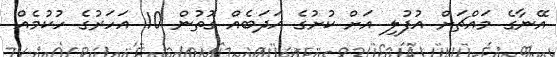
އޭނާގެ މައްޗަށް އުފުލި އަށް ކުށުގެ އަދަބެއް ގޮތުން 10 އަހަރުގެ ހުކުމެއް